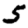
Digit: 5